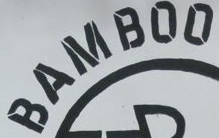
BANBOO